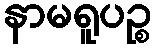
နာမရူပဉ္စ